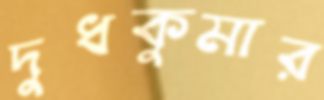
দুধকুমার